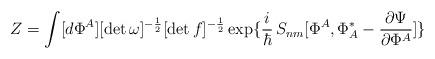
LaTeX: \begin{align*}Z=\int[d\Phi^A][\det \omega]^{-{1\over2}} [\det f]^{-{1\over2}} \exp\{\frac{i}{\hbar}\,S_{nm}[\Phi^A,\Phi^*_A - {{\partial\Psi}\over{\partial\Phi^A}}]\}\end{align*}